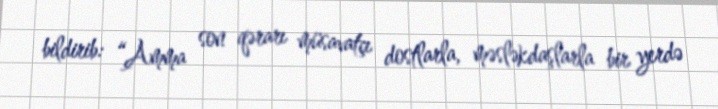
bildirib: “Amma son qərarı müsavatçı dostlarla, məsləkdaşlarla bir yerdə